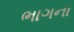
ભાગના